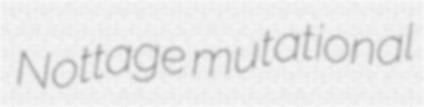
Nottage mutational